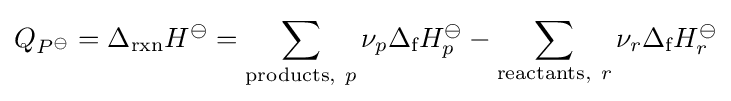
Q_{P^{\ominus }}=\Delta _{\text{rxn}}H^{\ominus }=\sum _{{\text{products}},~p}\nu _{p}\Delta _{\text{f}}H_{p}^{\ominus }-\sum _{{\text{reactants}},~r}\nu _{r}\Delta _{\text{f}}H_{r}^{\ominus }